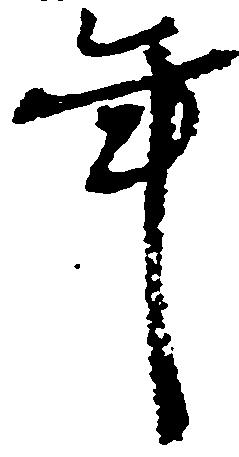
年